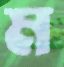
ম